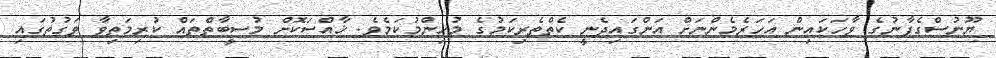
ޔޫނުސްގެފާނުގެ ވާހަކައިން އަހަރެމެންނަށް އަންގައިދެނީ ކެތްތެރިކަމުގެ މުހިންމުކަމެވެ. ޚާއްސަކޮށް މުސީބާތްތައް ކުރިމަތިވާ ވަގުތުގައި